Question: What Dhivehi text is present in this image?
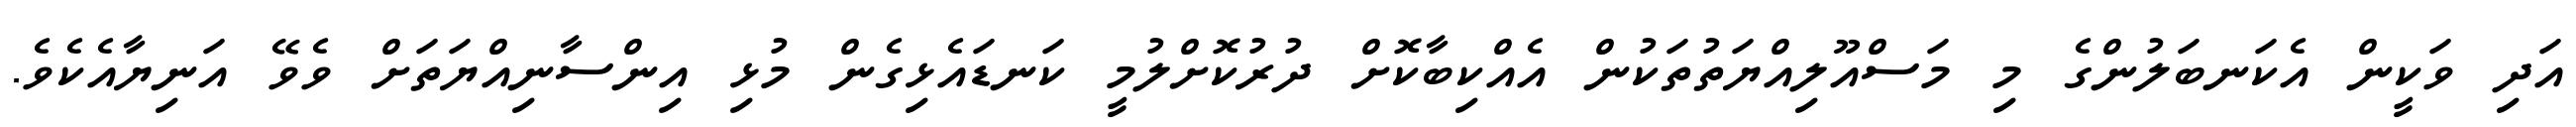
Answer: އަދި ވަކީން އެކަނބަލުންގެ މި މަސްއޫލިއްޔަތުތަކުން އެއްކިބާކޮށް ދުރުކޮށްލުމީ ކަނޑައެޅިގެން މުޅި އިންސާނިއްޔަތަށް ވެވޭ އަނިޔާއެކެވެ.